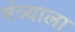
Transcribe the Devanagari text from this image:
मंत्र्याला